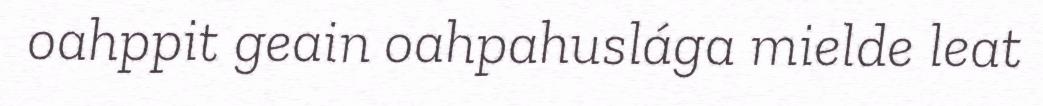
oahppit geain oahpahuslága mielde leat